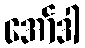
အော်ဒါ